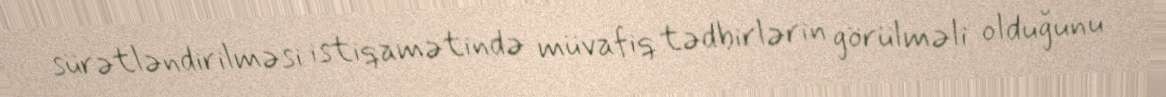
sürətləndirilməsi istiqamətində müvafiq tədbirlərin görülməli olduğunu